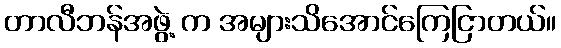
တာလီဘန်အဖွဲ့ က အများသိအောင်ကြေငြာတယ်။